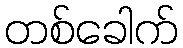
တစ်ခေါက်